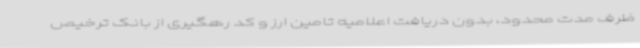
ظرف مدت محدود، بدون دریافت اعلامیه تامین ارز و کد رهگیری از بانک ترخیص